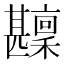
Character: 𤯑